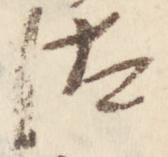
汰